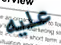
عليه